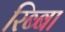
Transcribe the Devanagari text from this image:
रिब्बा